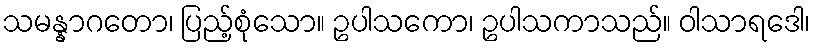
သမန္နာဂတော၊ ပြည့်စုံသော။ ဥပါသကော၊ ဥပါသကာသည်။ ဝါသာရဒေါ၊